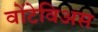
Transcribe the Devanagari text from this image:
वोंटेविअस